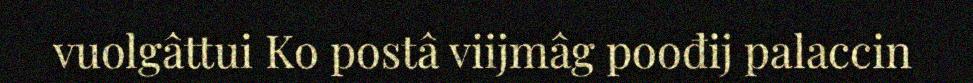
vuolgâttui Ko postâ viijmâg poođij palaccin